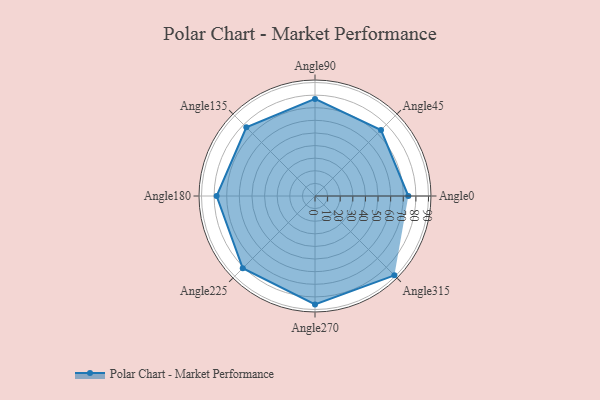
{"axis": {"x": "Angle", "y": "Radius"}, "legend": [""], "data": [{"x": "Angle0", "y": 74.0, "type": ""}, {"x": "Angle45", "y": 74.0, "type": ""}, {"x": "Angle90", "y": 77.0, "type": ""}, {"x": "Angle135", "y": 77.0, "type": ""}, {"x": "Angle180", "y": 78.0, "type": ""}, {"x": "Angle225", "y": 81.0, "type": ""}, {"x": "Angle270", "y": 86.0, "type": ""}, {"x": "Angle315", "y": 89.0, "type": ""}]}